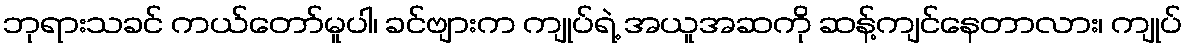
ဘုရားသခင် ကယ်တော်မူပါ၊ ခင်ဗျားက ကျုပ်ရဲ့ အယူအဆကို ဆန့်ကျင်နေတာလား၊ ကျုပ်